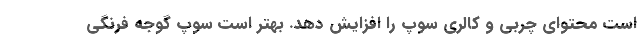
است محتوای چربی و کالری سوپ را افزایش دهد. بهتر است سوپ گوجه فرنگی